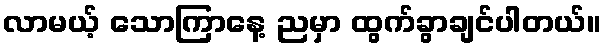
လာမယ့် သောကြာနေ့ ညမှာ ထွက်ခွာချင်ပါတယ်။